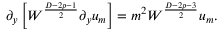
\partial _ { y } \left[ { \cal W } ^ { \frac { D - 2 p - 1 } { 2 } } \partial _ { y } u _ { m } \right] = m ^ { 2 } { \cal W } ^ { \frac { D - 2 p - 3 } { 2 } } u _ { m } .